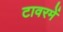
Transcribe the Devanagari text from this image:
टावरमें